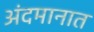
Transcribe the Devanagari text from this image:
अंदमानात